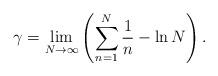
LaTeX: \begin{align*}\gamma=\lim\limits_{N\to\infty}\left(\sum\limits_{n=1}^{N}\frac{1}{n}-\ln N\right).\end{align*}